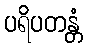
ပရိပတန္တံ